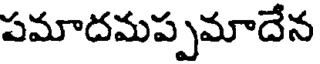
పమాదమప్పమాదేన